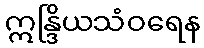
ဣန္ဒြိယသံဝရေန